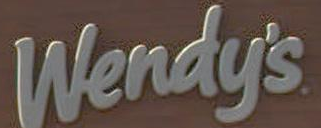
Wendy's